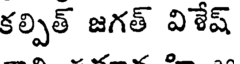
కల్పిత్ జగత్ విేష్